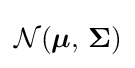
{\mathcal {N}}({\boldsymbol {\mu }},\,{\boldsymbol {\Sigma }})